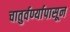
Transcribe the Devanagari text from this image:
चातुर्वर्ण्यापासून